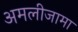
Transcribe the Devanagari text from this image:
अमलीजामा